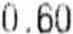
0.60